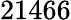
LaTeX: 21466